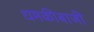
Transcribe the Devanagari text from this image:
धमकीबाजी